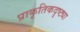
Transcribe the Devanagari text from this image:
प्राकृतिकदृष्ट्या